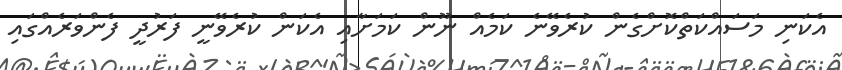
އެކަނި މަސައްކަތްކޮށްގެން ކުރެވޭނެ ކަމެއް ނޫން ކަމަށާއި އެކަން ކުރެވޭނީ ފަރުދީ ފެންވަރެއްގައި